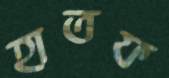
হাতফ